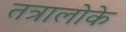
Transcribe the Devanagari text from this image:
तत्रालोके